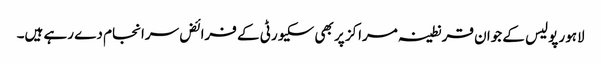
لاہور پولیس کے جوان قرنطینہ مراکز پر بھی سکیورٹی کے فرائض سرانجام دے رہے ہیں۔